Civil Veterinary Dept. Assam report 1927-50 - 1927-1950
Year: 1927
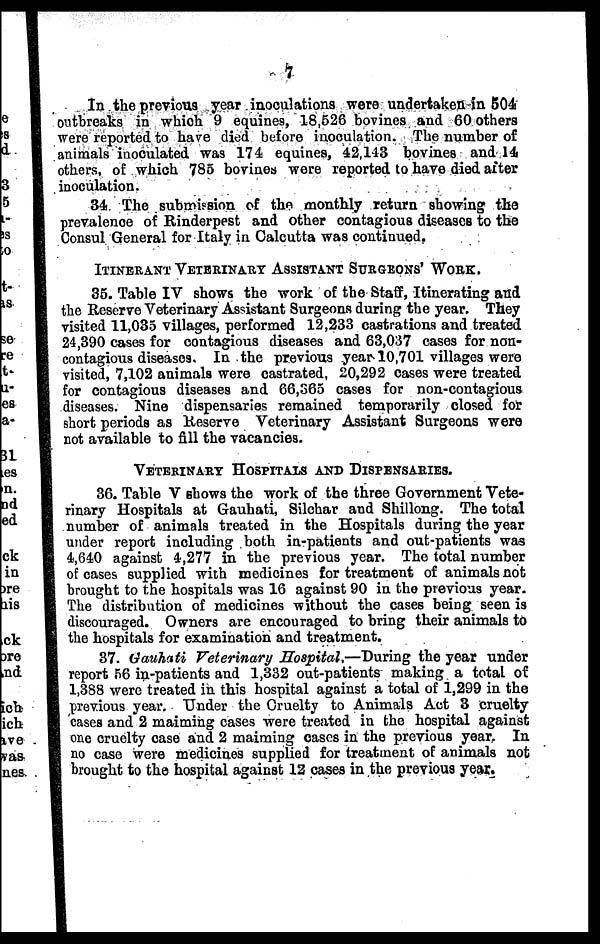
7
In the previous year inoculations were undertaken in 504
outbreaks in which 9 equines, 18,526 bovines and 60 others
were reported to have died before inoculation. The number of
animals inoculated was 174 equines, 42,143 bovines and 14
others, of which 785 bovines were reported to have died alter
inoculation.
34. The submission of the monthly return showing the
prevalence of Rinderpest and other contagious diseases to the
Consul General for Italy in Calcutta was continued.
ITINERANT VETERINARY ASSISTANT SURGEONS' WORK.
35. Table IV shows the work of the Staff, Itinerating and
the Reserve Veterinary Assistant Surgeons during the year. They
visited 11,035 villages, performed 12,233 castrations and treated
24,390 cases for contagious diseases and 63,037 cases for non-
contagious diseases. In the previous year 10,701 villages were
visited, 7,102 animals were castrated, 20,292 cases were treated
for contagious diseases and 66,365 cases for non-contagious
diseases. Nine dispensaries remained temporarily closed for
short periods as Reserve Veterinary Assistant Surgeons were
not available to fill the vacancies.
VETERINARY HOSPITALS AND DISPENSARIES.
36. Table V shows the work of the three Government Vete-
rinary Hospitals at Gauhati, Silchar and Shillong. The total
number of animals treated in the Hospitals during the year
under report including both in-patients and out-patients was
4,640 against 4,277 in the previous year. The total number
of cases supplied with medicines for treatment of animals not
brought to the hospitals was 16 against 90 in the previous year.
The distribution of medicines without the cases being seen is
discouraged. Owners are encouraged to bring their animals to
the hospitals for examination and treatment.
37. Gauhati Veterinary Hospital.—During the year under
report 56 in-patients and 1,332 out-patients making a total of
1,388 were treated in this hospital against a total of 1,299 in the
previous year. Under the Cruelty to Animals Act 3 cruelty
cases and 2 maiming cases were treated in the hospital against
one cruelty case and 2 maiming cases in the previous year. In
no case were medicines supplied for treatment of animals not
brought to the hospital against 12 cases in the previous year.